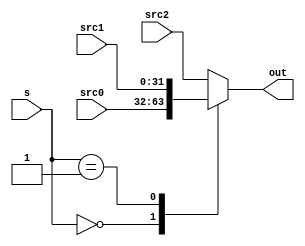
module MUX3(
    input [1:0] s,
    input [31:0] src0,src1,src2,
    output reg [31:0] out
);
always@(*)
begin
    case(s)
    2'b00: out=src0;
    2'b01: out=src1;
    default: out = src2;
    endcase
end
endmodule